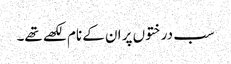
سب درختوں پر ان کے نام لکھے تھے۔